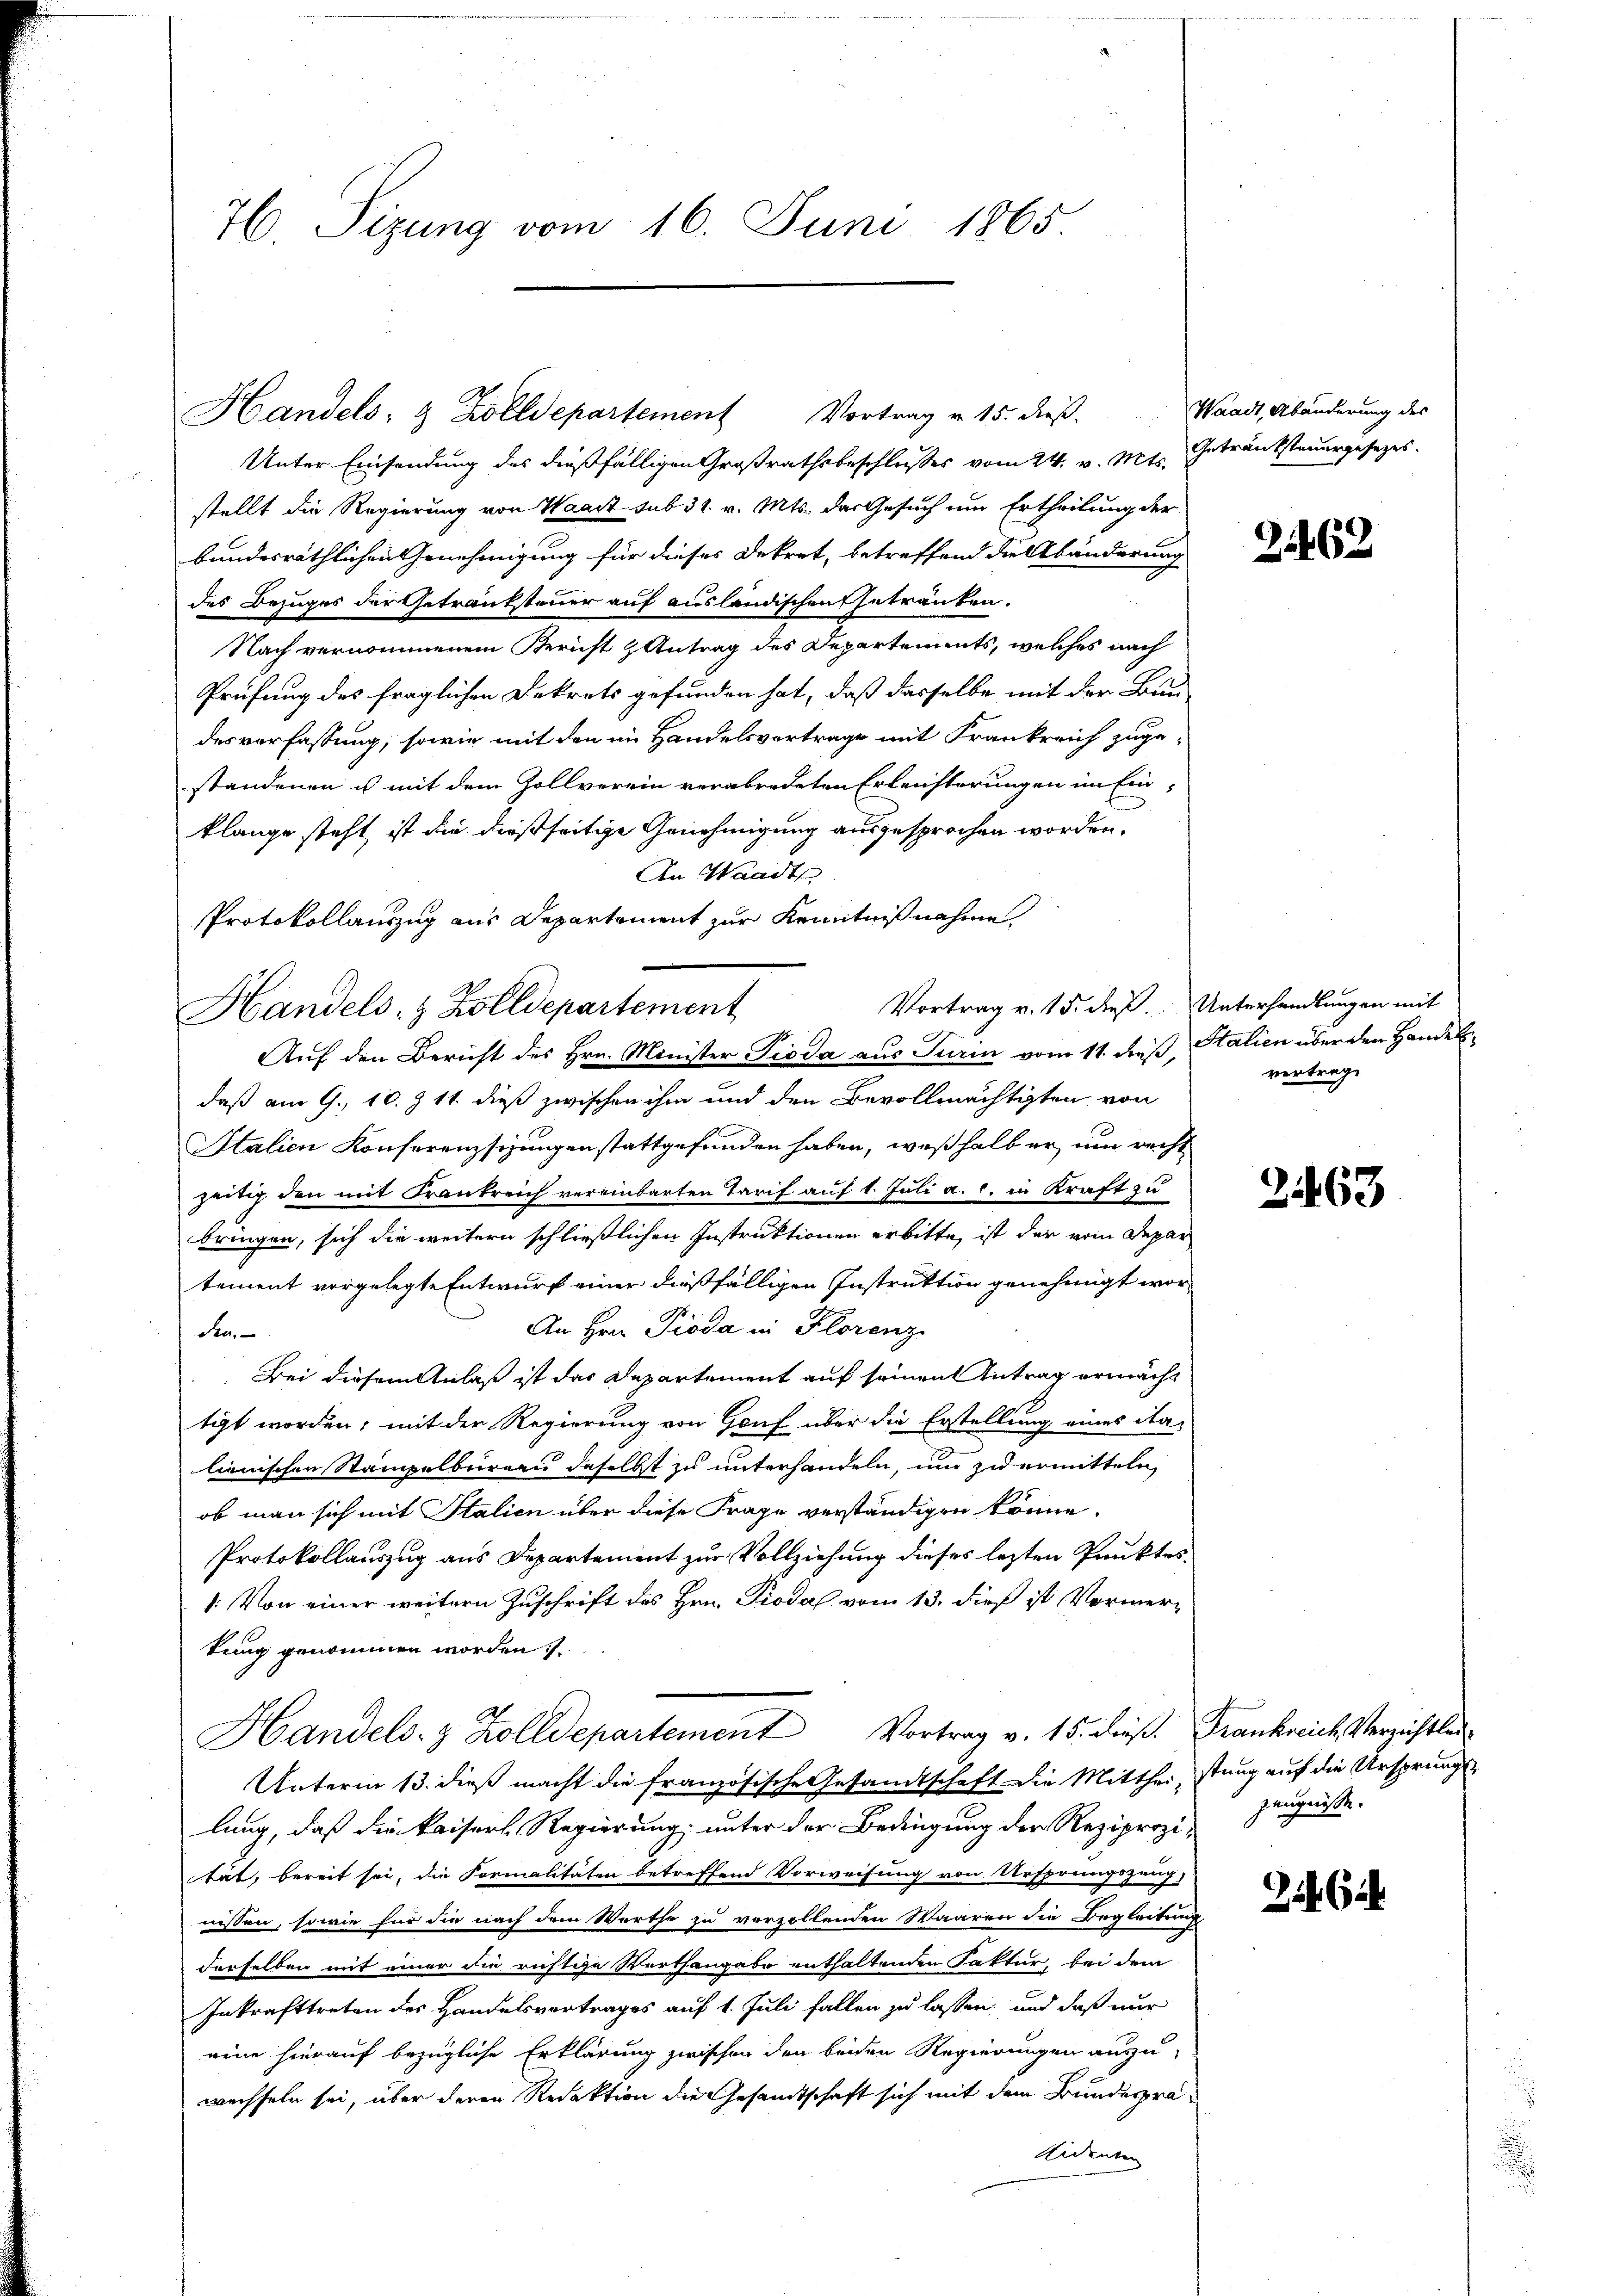
76. Sizung vom 16. Juni 1865.

Handels- & Zolldepartement

Unter Einsendung des dießfälligen Großrathsbeschlusses vom 24. v. Mts. Getränksteuergesezes.
stellt die Regierung von Waadt sub 31. v. Mts. der Gesuch um Ertheilung der
bundesräthlichen Genehmigung für dieses Dekret, betreffend die Abänderung
des Bezuges der Getranksteuer auf ausländischen Getränken.
Nach vernommenem Bericht & Antrag des Departements, welches nach
Prüfung des fraglichen Dekrets gefunden hat, daß dasselbe mit der Bun-
desverfassung, sowie mit den im Handelsvertrage mit Frankreich zugestandenen es mit dem Zollverein verabredeten Erleichterungen im Einklange steht ist die dießseitige Genehmigung ausgesprochen worden.
An Waadt
Protokollauszug aus Departement zur Kenntnißnahme
Handels- & Zolldepartement
daß am 9. 10. Z. 11. dieß zwischen ihm und den Bevollmächtigten von
Italien Konferenzsizungen stattgefunden haben, weßhalb er um recht
zeitig den mit Krankreich vereinbarten Tarif auf 1. Juli a. c. in Kraft zu
bringen, sich die weitern schließlichen Instruktionen erbitte, ist der vom Depar
tement vorgelegte Entwurf einer dießfälligen Instruktion genehmigt wor¬
An Hrn. Pioda in Florenz
den.
Bei diesem Anlaß ist das Departement auf seinen Antrag ermächt
tigt worden; mit der Regierung von Gouf über die Erstellung eines ita-
lienischen Stampelburgen daselbst zu unterhandeln, um zuermitteln,
ob man sich mit Italien über diese Frage verständigen könne.
Protokollauszug aus Departement zur Vollziehung dieses lezten Punktes
: Von einer weitern Zuschrift des Hrn. Piodal vom 13. dieß ist Vormertung genommen worden.
Handels- & Zolldepartement Vortrag v. 15. dieß. Frankreich Verzichtlei
Unterm 13. dieß macht die französische Gesandtschaft die Mittheistung auf die Ursprungslung, daß die kaiserl Regierung unter der Bedingung der Reziprozität, bereit sei, die Formalitäten betreffend Vorweisung von Ursprungszeug,
nissen, sowie für die nach dem Werthe zu verzollenden Waaren die Begleitung
derselben mit einer die richtige Werthangabe enthaltenden Faktur, bei dem
Inkrafttreten des Handelsvertrages auf 1. Juli fallen zu lassen, und daß nur
eine hierauf bezügliche Erklärung zwischen den beiden Regierungen auszu-
wechseln sei, über deren Redaktion die Gesandtschaft sich mit dem Bundesprä¬
Aidenten

Auf den Bericht des Hrn. Minister Pioda aus Turin vom 11. dieß, Stalien über den Handel¬

Vortrag v. 15. dieß.

Vortrag v. 15. dieß. Unterhandlungen mit

Waadt, Abänderung des

21462

vertrag.

2463

zeugnisse.

2